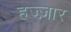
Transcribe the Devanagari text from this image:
हज्ज़ार